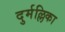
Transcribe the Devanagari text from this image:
दुर्मल्लिका